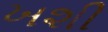
ખશી